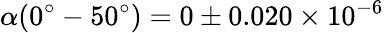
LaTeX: \alpha(0^{\circ}-50^{\circ})=0\pm 0.020\times 10^{-6}